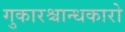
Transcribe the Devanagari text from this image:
गुकारश्चान्धकारो